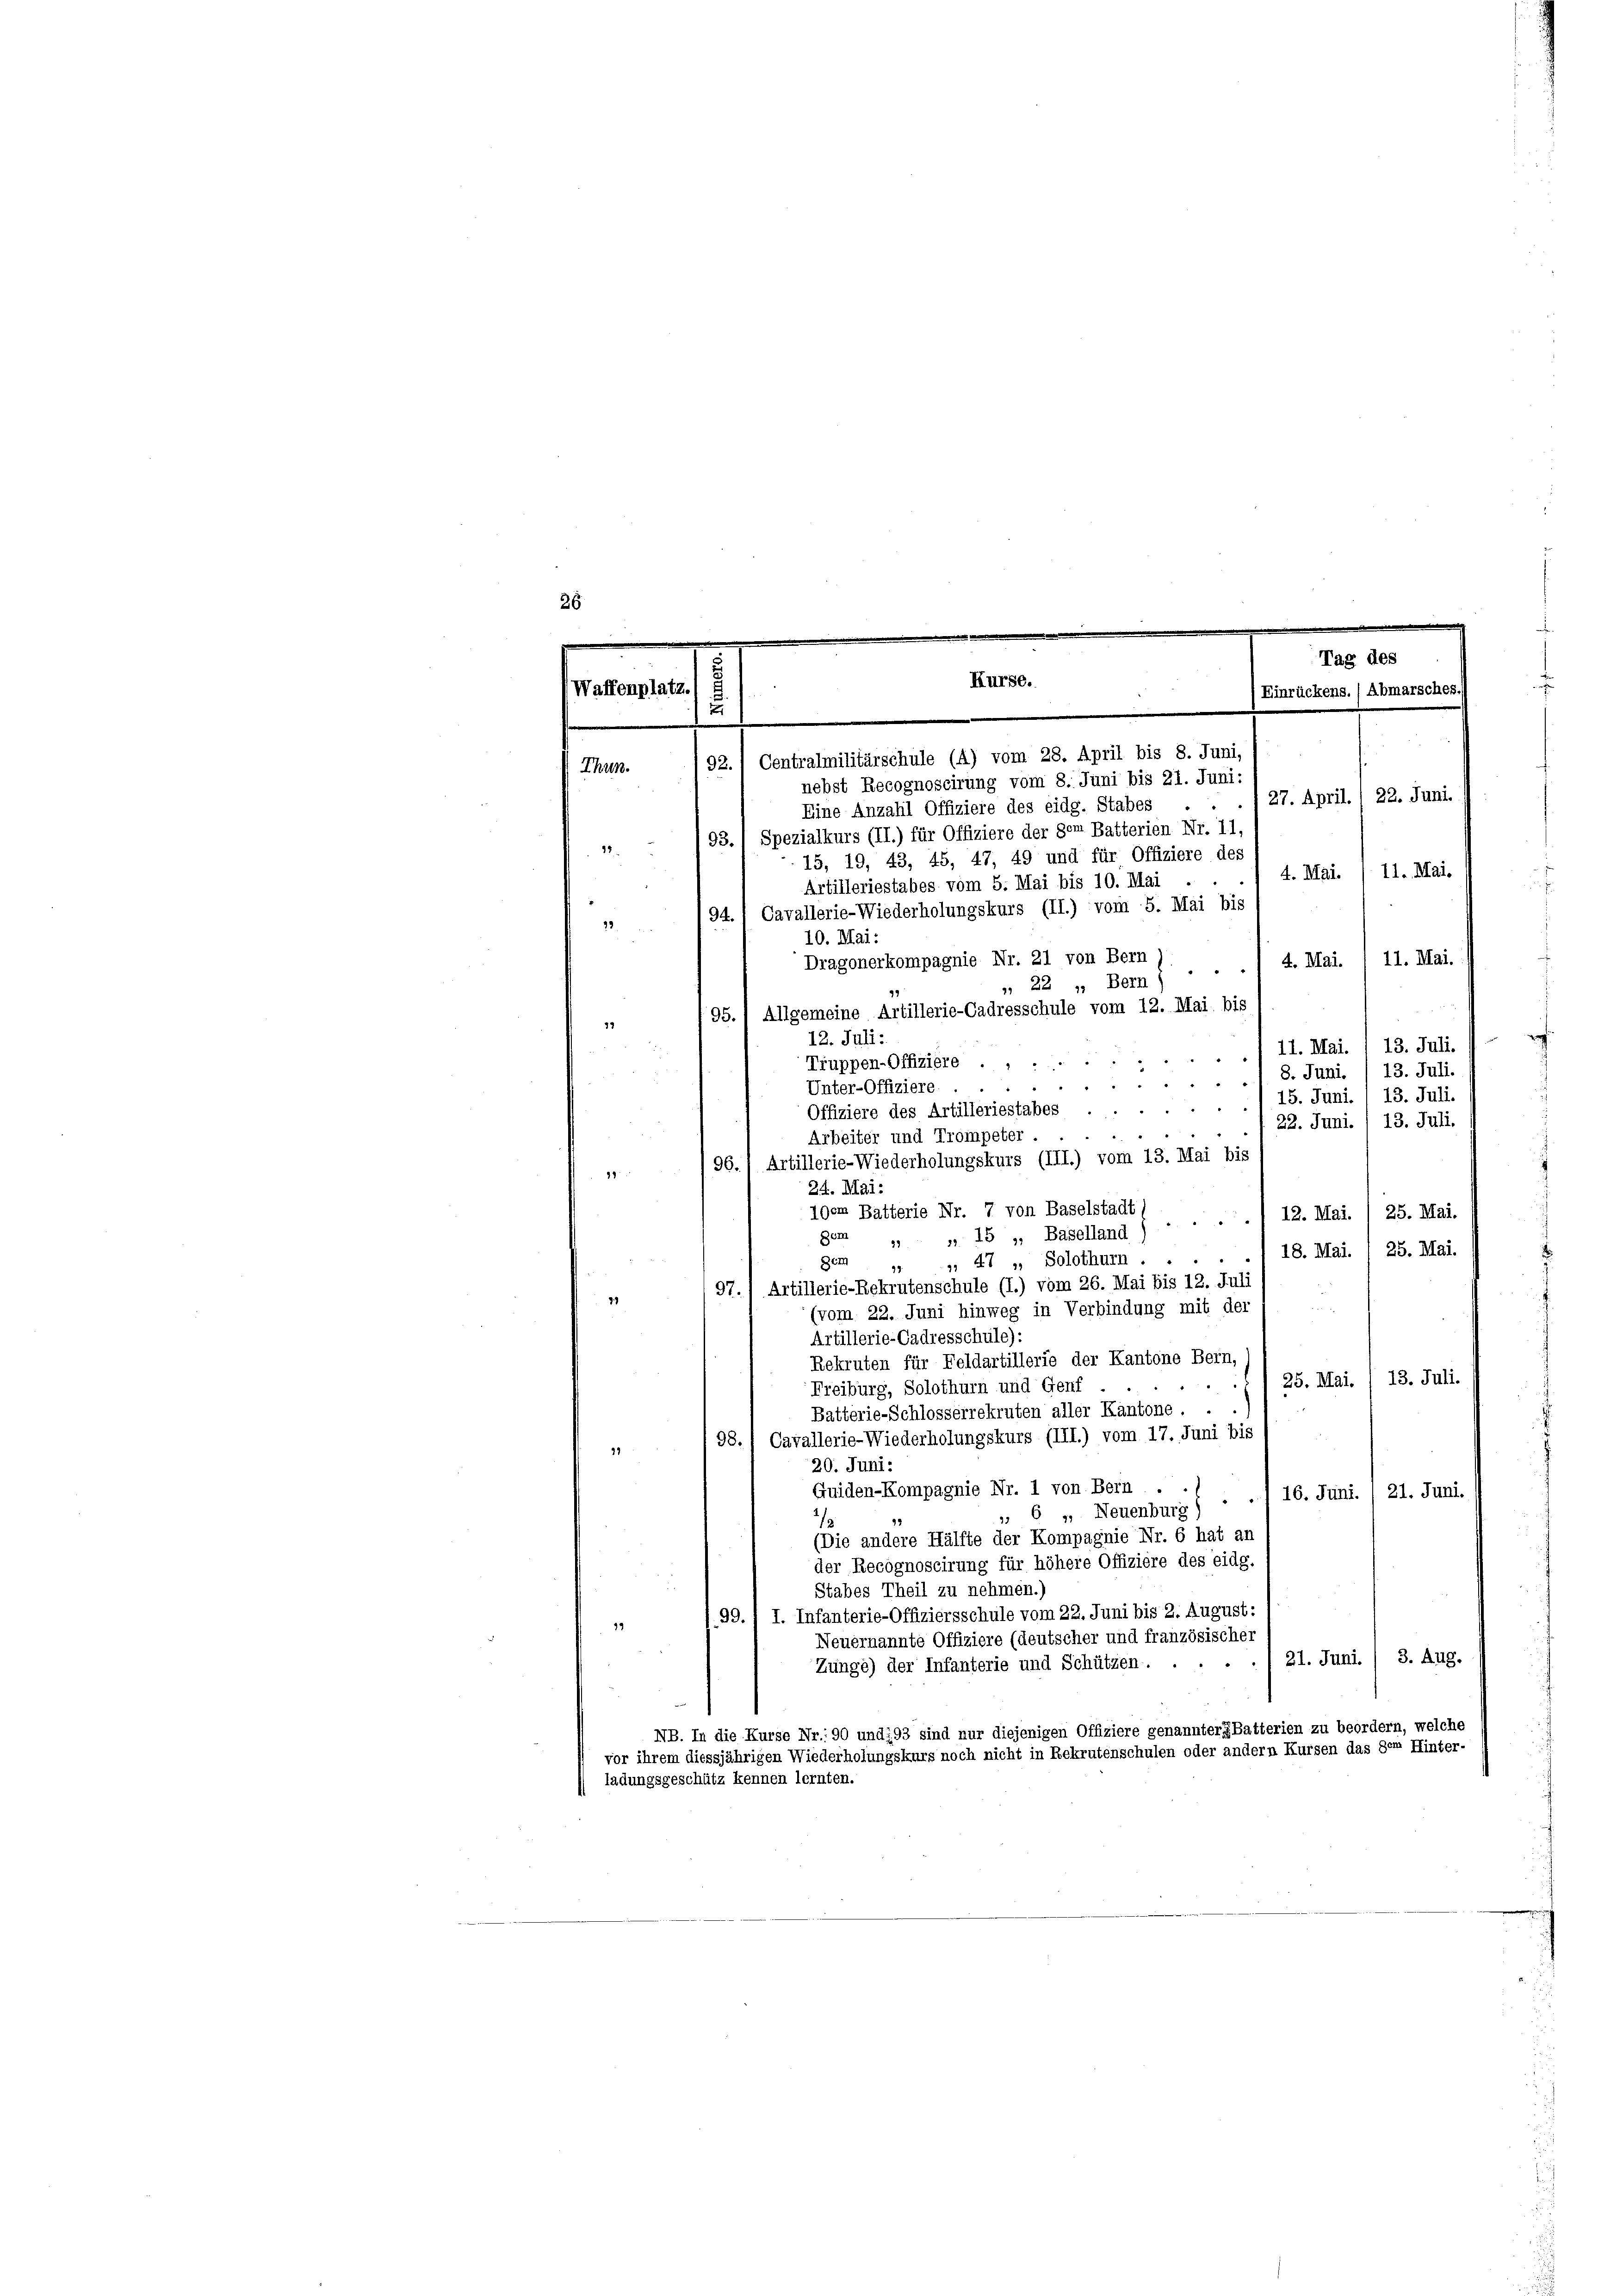
26.

.
.
Tag des
.
Kurse.
Waffenplatz. E
Einrückens.) Abmarsches.)
u
92.) Centralmilitärschule (4) vom 28. April bis 8. Juni,
Thun.
nebst Recognoscirung vom 8. Juni bis 21. Juni:

88
15, 19, 43, 45, 47, 49 und für Offiziere des
11. Mai.
4. Mai.
Artilleriestabes vom 5. Mai bis 10. Mai .
94.) Cavallerie-Wiederholungskurs (II.) vom 5. Mai bis
2
10. Mai:
Dragonerkompagnie Nr. 21 von Bern
4. Mai. / 11. Mai.
, 22 " Bern,
95.) Allgemeine Artillerie-Cadresschule vom 12. Mai, bis
12. Juli:
11. Mai. 13. Juli.
Truppen-Offiziere ..

i
13. Juli.
8. Juni.
a
15. Juni. 1 13. Juli.
22. Juni. / 13. Juli.
96., Artillerie-Wiederholungskurs (III.) vom 13. Mai bis
99
24. Mai:
100m Batterie Nr. 7 von Baselstadt (
1 12. Mai. / 25. Mai.
gem „ „ 15 », Baselland
, 47 „ Solothurn . . . . . 18. Mai. 1 25. Mai.
Bem 99
97., Artillerie-Rekrutenschule (I.) vom 26. Mai bis 12. Juli
99
(vom 22. Juni hinweg in Verbindung mit der
Artillerie-Cadresschule):
Rekruten für Feldartillerie der Kantone Bern,
25. Mai. / 13. Juli.
Freiburg, Solothurn und Genf
Battérie-Schlosserrekruten aller Kantone.
98.) Cavallerie-Wiederholungskurs (III.) vom 17. Juni bis
97.
20. Juni.
Guiden-Kompagnie Nr. 1 von Bern . . .
16. Juni./21. Juni.
 6 „ Neuenburg)
1/
(Die andere Hälfte der Kompagnie Nr. 6 hat an
der Recognoscirung für höhere Offiziere des eidg.
Stabes Theil zu nehmen.)
I. Infanterie-Offiziersschule vom 22. Juni bis 2. August:
130.
39.
Neuernannte Offiziere (deutscher und französischer
21. Juni / 3. Aug.
Zunge) der Infanterie und Schützen ....
NB. In die Kurse Nr.: 90 und 293 sind nur diejenigen Offiziere genanntergBatterien zu beordern, welche
vor ihrem diessjährigen Wiederholungskurs noch nicht in Rekrutenschulen oder andern Kursen das dem Hinter-
ladungsgeschütz kennen lernten.

Eine Anzahl Offiziere des eidg. Stabes . . . 27. April., 22. Juni.
193. 1 Spezialkurs (II.) für Offiziere der dem Batterien Nr. 11,

Unter-Offiziere
Offiziere des Artilleriestabes ...
Arbeiter und Trompeter....